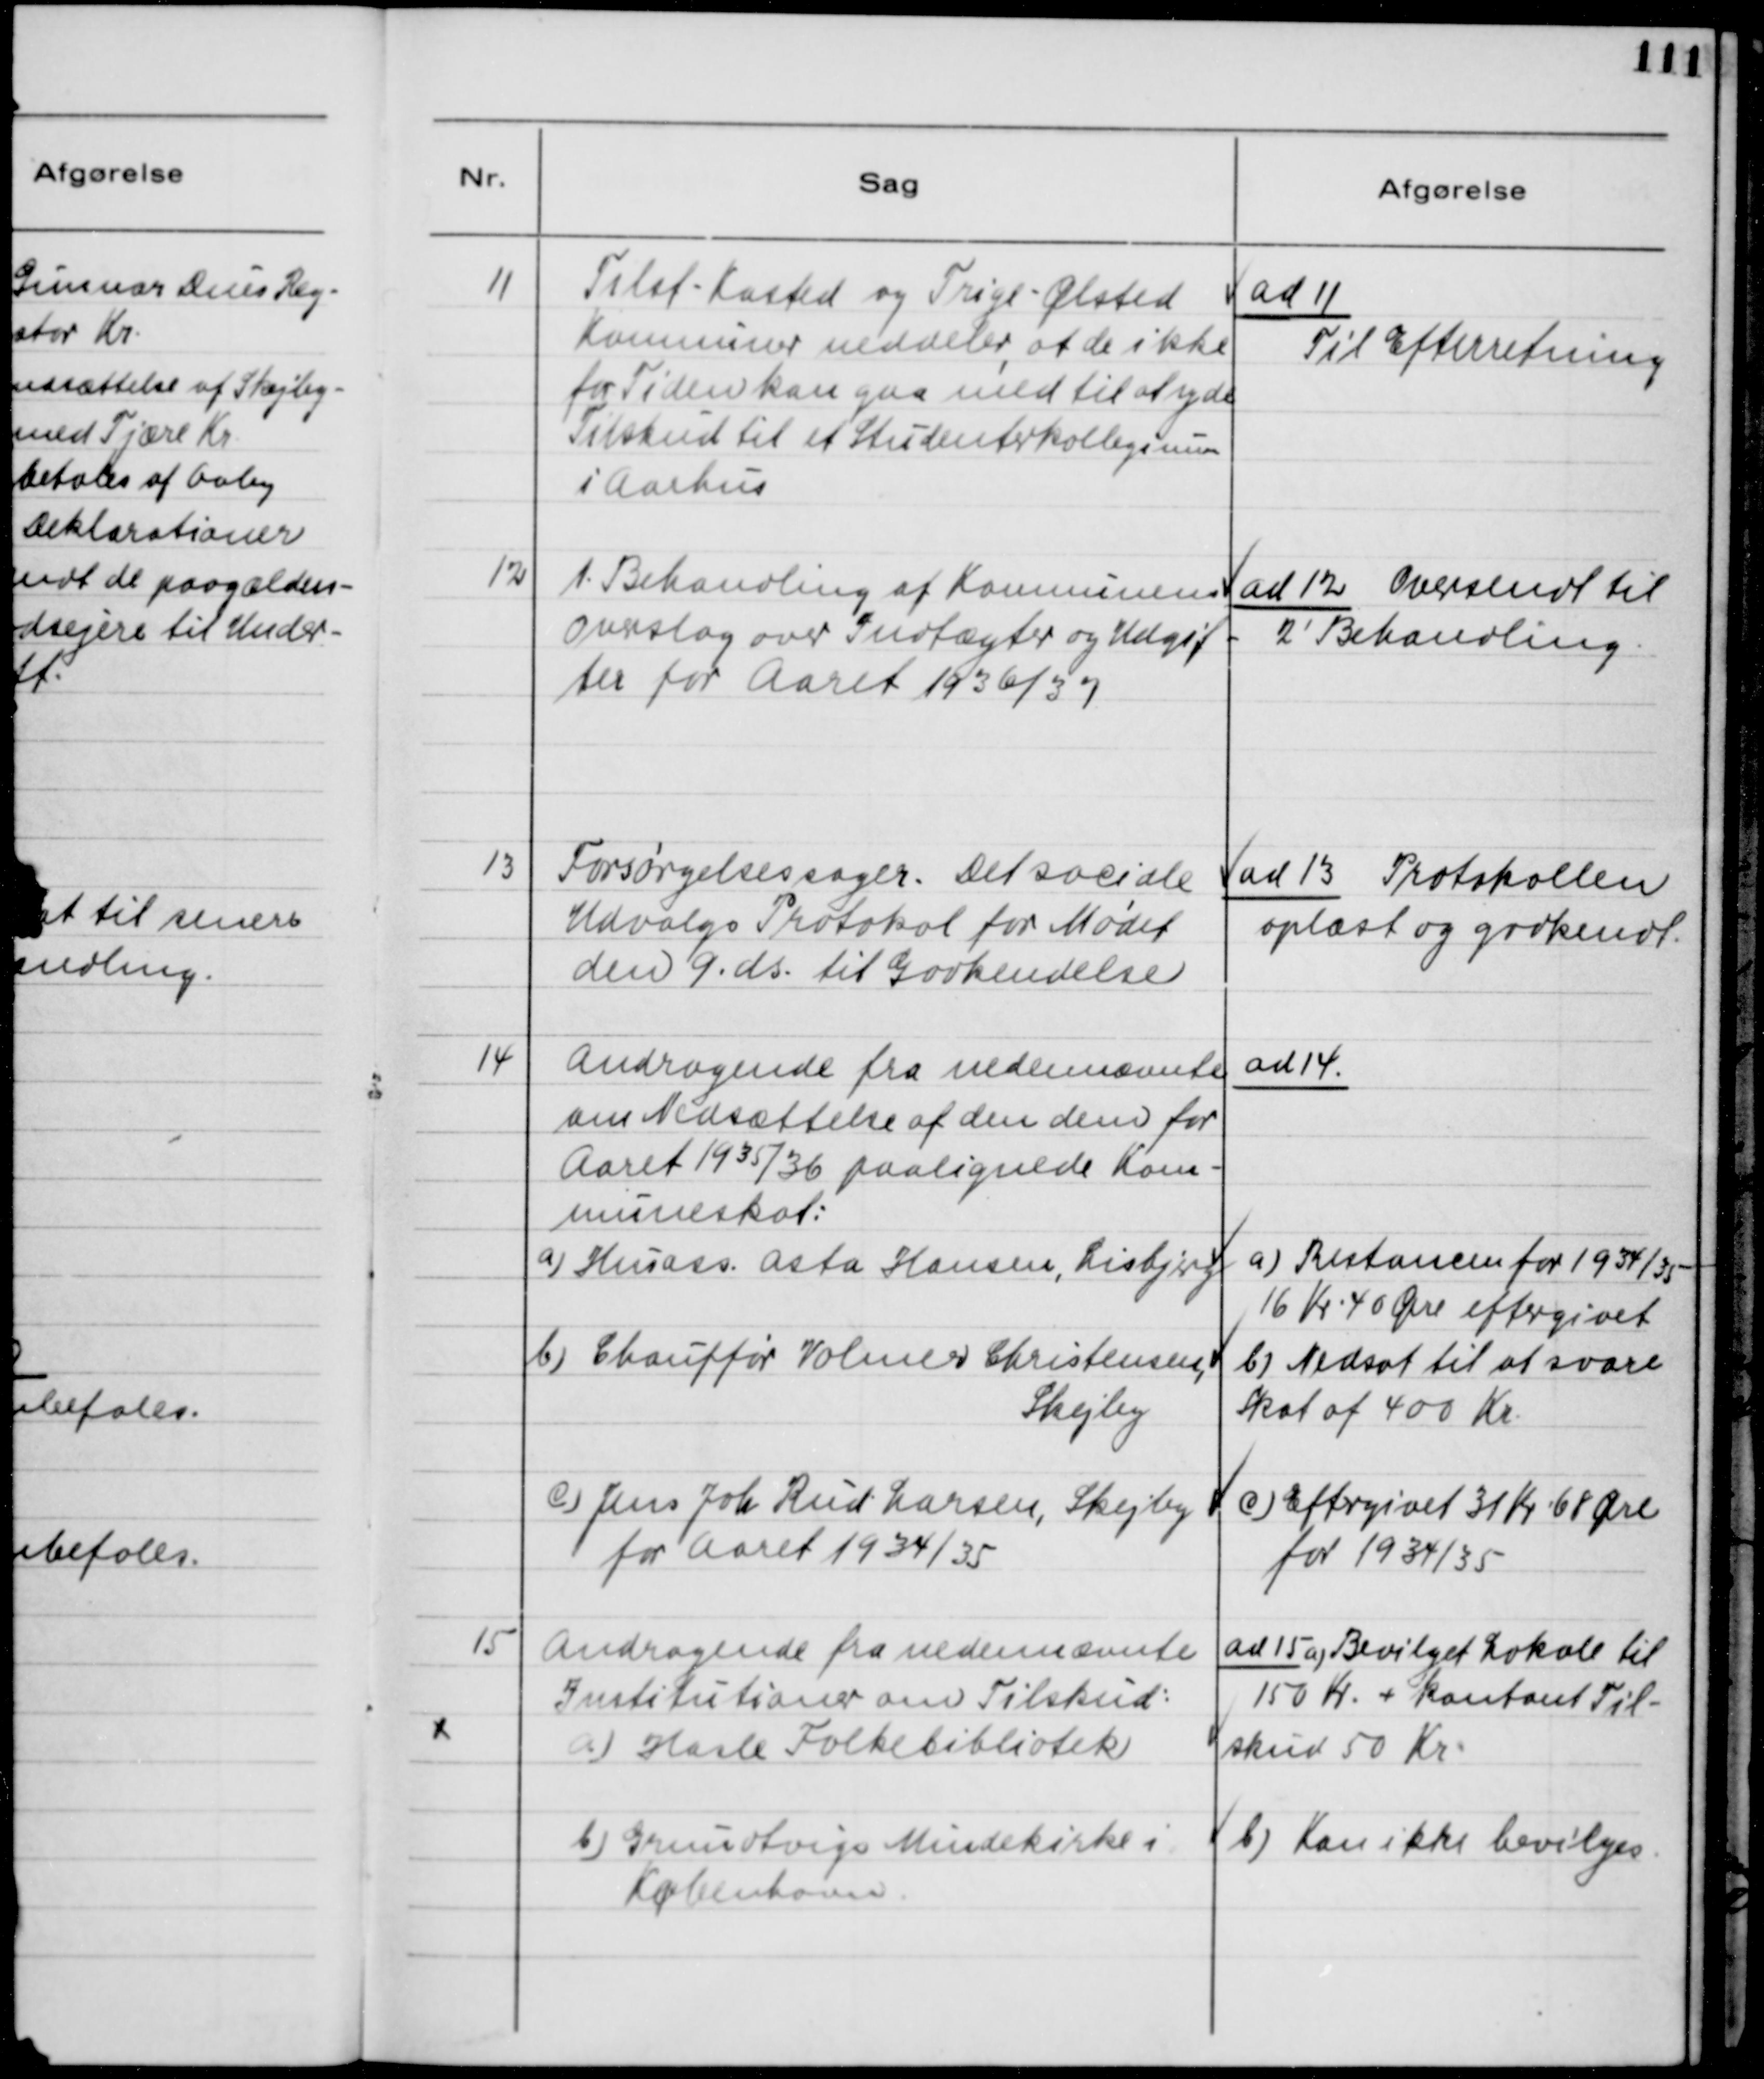
Transskription:
11
Tilst-Kasted og Trige-Ølsted
Kommuner meddeler, at de ikke
for Tiden kan gaa med til at yde
Tilskud til et Studenterkollegium
i Aarhus
ad 11
Til Efterretning
12
1. Behandling af Kommunens
overslag over Indtægter og Udgif-
ter for Aaret 1936/37
ad 12 Oversendt til
2' Behandling
13
Forsørgelsessager. Det sociale
Udvalgs Protokol for Mødet
den 9. ds. til Godkendelse.
ad 13 Protokollen
oplæst og godkendt.
14
Andragende fra nedennævnte
om Nedsættelse af den dem for
Aaret 1935/36 paalignede Kom-
muneskat:
ad 14
a) Husass. Asta Hansen, Lisbjerg
a) Restancen for 1934/35
16 Kr 40 Øre eftergivet
b) Chauffør Volmer Christensen,
Skejby
b) Nedsat til at svare
Skat af 400 Kr.
c) Jens Joh Rud Larsen, Skejby
for Aaret 1934/35
c) Eftergivet 31 Kr 68 Øre
for 1934/35
15
Andragende fra nedennævnte
Institutioner om Tilskud:
a) Hasle Folkebibliotek
ad 15 a) Bevilget Lokale til
150 Kr + kontant Til-
skud 50 Kr.
b) Grundtvigs Mindekirke i
København
b) Kan ikke bevilges.